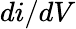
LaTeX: di/dV